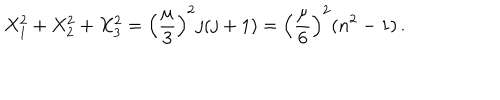
X _ { 1 } ^ { 2 } + X _ { 2 } ^ { 2 } + X _ { 3 } ^ { 2 } = \left( { \frac { \mu } { 3 } } \right) ^ { 2 } j ( j + 1 ) = \left( { \frac { \mu } { 6 } } \right) ^ { 2 } ( n ^ { 2 } - 1 ) \, .